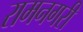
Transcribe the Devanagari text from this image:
रामनगरी